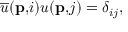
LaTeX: \overline { { { u } } } ( \mathbf { p , } i ) u ( \mathbf { p , } j ) = \delta _ { i j } , \; \; \; \; \; \; \;